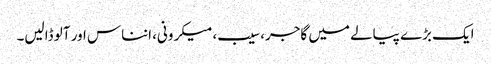
ایک بڑے پیالے میں گاجر، سیب، میکرونی، انناس اور آلو ڈالیں۔